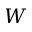
W